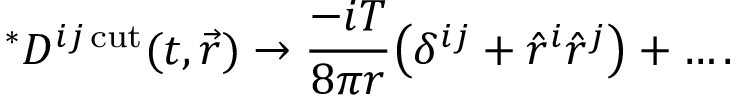
^ { * } { \cal D } ^ { i j \, \mathrm { c u t } } ( t , \vec { r } ) \to { \frac { - i T } { 8 \pi r } } \big ( \delta ^ { i j } + \hat { r } ^ { i } \hat { r } ^ { j } \big ) + \dots .